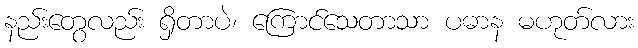
နည်းတွေလည်း ရှိတာပဲ၊ ကြောင်သေတာသာ ပဓာန မဟုတ်လား